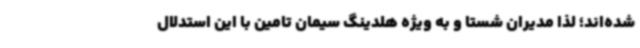
شده‌اند؛ لذا مدیران شستا و به ویژه هلدینگ سیمان تامین با این استدلال